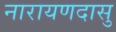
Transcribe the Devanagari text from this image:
नारायणदासु